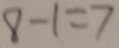
8 - 1 = 7